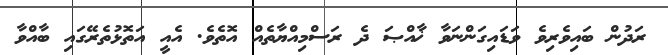
ރަދުން ބައިވެރިވެ ވަޑައިގަންނަވާ ޚާއްޞަ ދެ ރަސްމިއްޔާތެއް އޮތެވެ. އެއީ އަތޮޅުތެރޭގައި ބާއްވާ